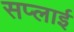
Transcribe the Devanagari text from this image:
सप्‍लाई